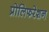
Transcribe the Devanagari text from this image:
प्रोलिफरेशन